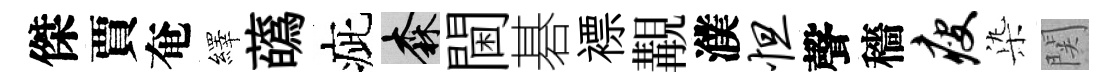
傑賈奄繹蘤疵森閫碁褾覯濮怛聲穡瘦𣑱関